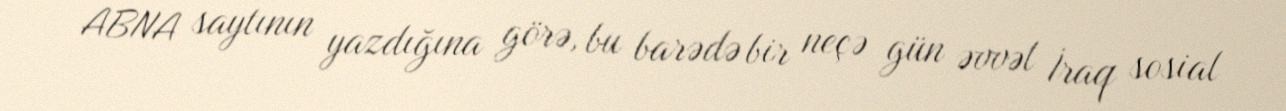
ABNA saytının yazdığına görə, bu barədə bir neçə gün əvvəl İraq sosial